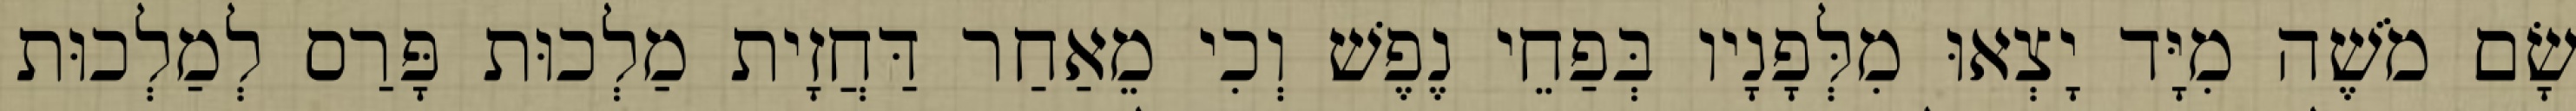
שָׂם מֹשֶׁה מִיָּד יָצְאוּ מִלְּפָנָיו בְּפַחֵי נֶפֶשׁ וְכִי מֵאַחַר דַּחֲזָית מַלְכוּת פָּרַס לְמַלְכוּת